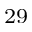
^ { 2 9 }